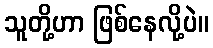
သူတို့ဟာ ဖြစ်နေလို့ပဲ။